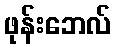
ဖုန်းဘေလ်